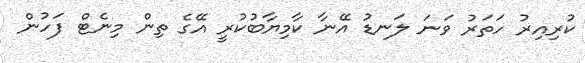
ކުރިއިރު ހަތަރު ވަނަ ލަނޑު އޭނާ ކާމިޔާބުކުރީ އޭގެ ތިން މިނެޓް ފަހުން